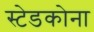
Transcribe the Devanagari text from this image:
स्टेडकोना